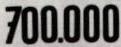
700.000